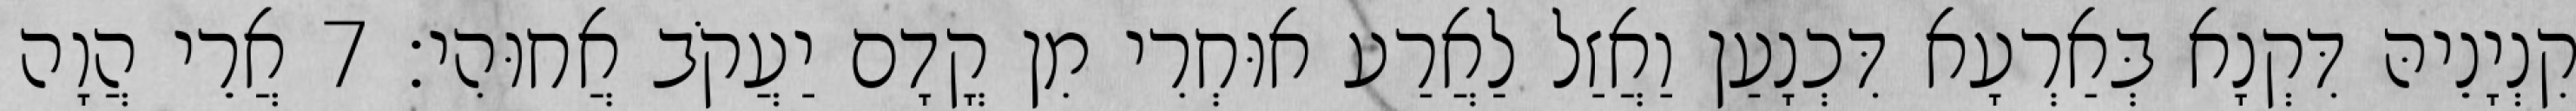
קִנְיָנֵיהּ דִּקְנָא בְּאַרְעָא דִּכְנָעַן וַאֲזַל לַאֲרַע אוּחְרִי מִן קֳדָם יַעֲקֹב אֲחוּהִי׃ 7 אֲרֵי הֲוָה